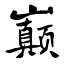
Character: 巅